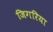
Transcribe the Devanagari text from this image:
जिगरिया